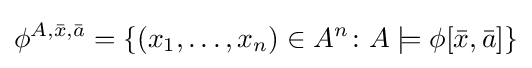
\phi ^{A,{\bar {x}},{\bar {a}}}=\{(x_{1},\dots ,x_{n})\in A^{n}\colon A\models \phi [{\bar {x}},{\bar {a}}]\}